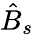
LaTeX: \hat{B}_{s}